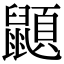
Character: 𪕯